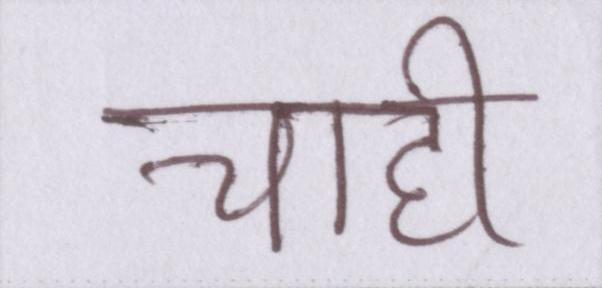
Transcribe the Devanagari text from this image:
चाही